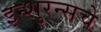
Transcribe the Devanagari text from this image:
इन्‍शुरन्‍सचे